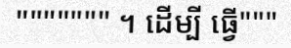
""""""" ។ ដើម្បី ធ្វើ"""